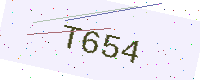
Text: T654